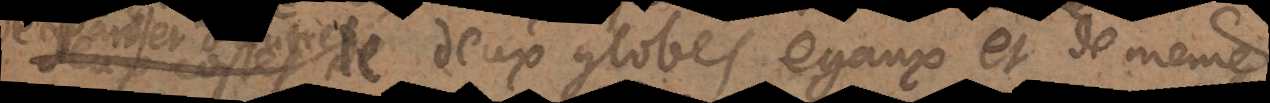
d’autre de deux globes egaux et de même